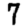
Digit: 7